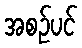
အစဉ်ပင်